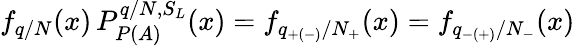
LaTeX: f_{q/N}(x)\, P_{P(A)}^{q/N,S_{L}}(x)=f_{q_{+(-)}/N_{+}}(x)=f_{q_{-(+)}/N_{-}}(x)